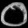
Digit: ၀